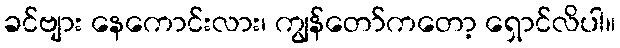
ခင်ဗျား နေကောင်းလား၊ ကျွန်တော်ကတော့ ရှောင်လိပါ။